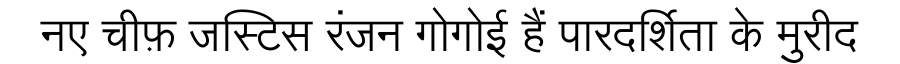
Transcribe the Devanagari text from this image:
नए चीफ़ जस्टिस रंजन गोगोई हैं पारदर्शिता के मुरीद